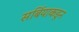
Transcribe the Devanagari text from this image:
सर्बियाकडून